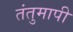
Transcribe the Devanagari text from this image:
तंतुमापी